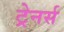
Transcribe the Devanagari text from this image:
ट्रेनर्स